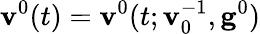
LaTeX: \mathbf{v}^{0}(t)=\mathbf{v}^{0}(t;\mathbf{v}_{0}^{-1},\mathbf{g}^{0})